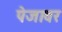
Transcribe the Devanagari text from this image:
पेजावर